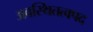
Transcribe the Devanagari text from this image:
अवस्थितत्वपद